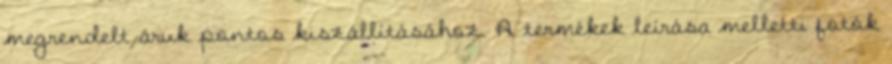
megrendelt áruk pontos kiszállításához. A termékek leírása melletti fotók